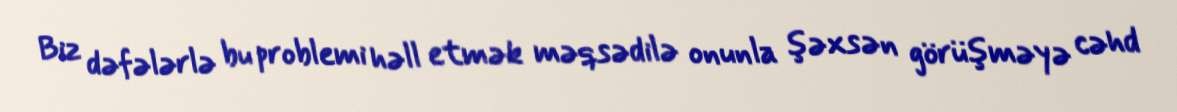
Biz dəfələrlə bu problemi həll etmək məqsədilə onunla şəxsən görüşməyə cəhd